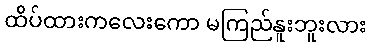
ထိပ်ထားကလေးကော မကြည်နူးဘူးလား